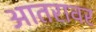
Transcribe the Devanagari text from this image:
आतरावर